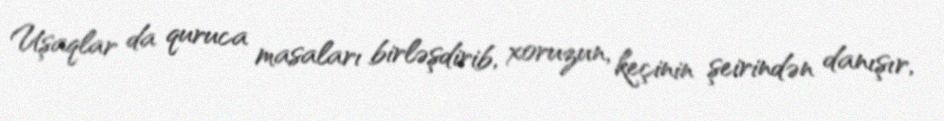
Uşaqlar da quruca masaları birləşdirib, xoruzun, keçinin şeirindən danışır,